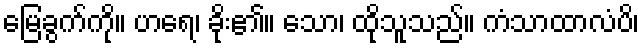
မြေခွက်ကို။ ဟရေ၊ ခိုး၏။ သော၊ ထိုသူသည်။ ကံသာထာလံပိ၊